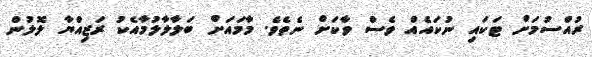
ރުއްސުމަށް ޓަކައި ނުކައެއް ވެސް ވާކަށް ނެތެވެ. މާމައަށް ބަލާލާލުމާއެކު ރަޒިއްޔާ ލޮލުން